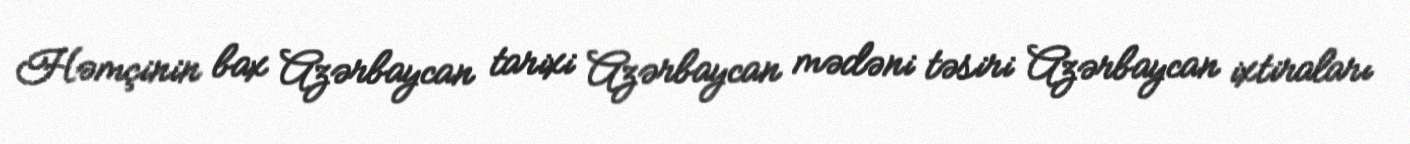
Həmçinin bax Azərbaycan tarixi Azərbaycan mədəni təsiri Azərbaycan ixtiraları